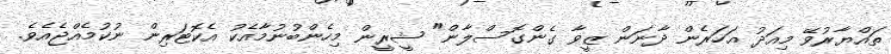
ތައްޔާރުވޭ މިއަދު އަހަރެން ދާނަން ޒީވާ ގެންގޮސްލާން" ޝީރީން މިހެންބުނުމާއެކު އެކޮޓަރިން ނުކުމެއްޖެއެވެ.